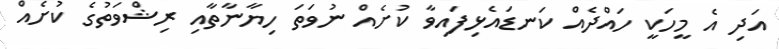
އަދި އެ މީހަކީ ހައްދެއް ކަނޑައެޅިފައިވާ ކުށެއް ނުވަތަ ހިޔާނާތާއި ރިޝްވަތުގެ ކުށެއް